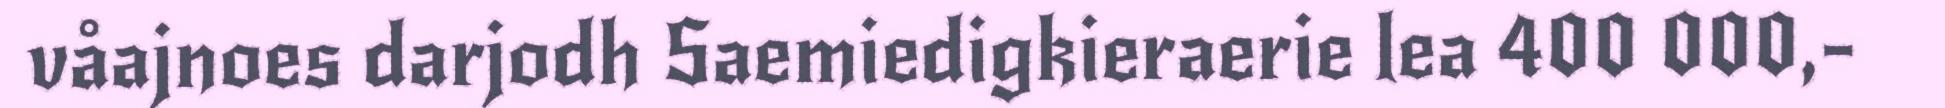
våajnoes darjodh Saemiedigkieraerie lea 400 000,-